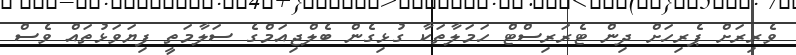
ވެރިރަށް ޕެރިހަށް ދިން ޓެރަރިސްޓް ހަމަލާތަކާ ގުޅިގެން ބެލްޖިއަމްގެ ސަލާމަތީ ފިޔަވަޅުތައް ވެސް